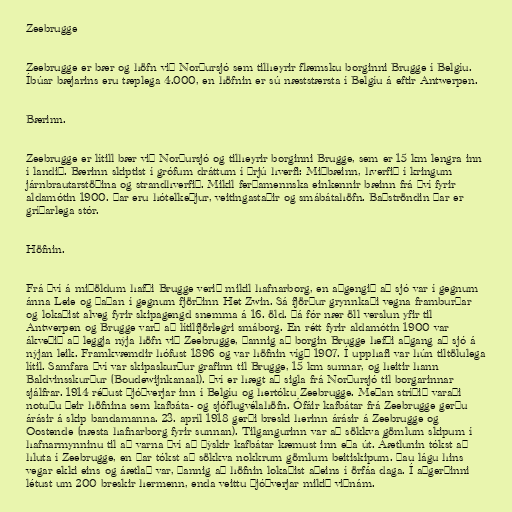
Zeebrugge

Zeebrugge er bær og höfn við Norðursjó sem tilheyrir flæmsku borginni Brugge í Belgíu.
Íbúar bæjarins eru tæplega 4.000, en höfnin er sú næststærsta í Belgíu á eftir Antwerpen.

Bærinn.

Zeebrugge er lítill bær við Norðursjó og tilheyrir borginni Brugge, sem er 15 km lengra inn
í landið. Bærinn skiptist í grófum dráttum í þrjú hverfi: Miðbæinn, hverfið í kringum
járnbrautarstöðina og strandhverfið. Mikil ferðamennska einkennir bæinn frá því fyrir
aldamótin 1900. Þar eru hótelkeðjur, veitingastaðir og smábátahöfn. Baðströndin þar er
gríðarlega stór.

Höfnin.

Frá því á miðöldum hafði Brugge verið mikil hafnarborg, en aðgengið að sjó var í gegnum
ánna Leie og þaðan í gegnum fjörðinn Het Zwin. Sá fjörður grynnkaði vegna framburðar
og lokaðist alveg fyrir skipagengd snemma á 16. öld. Þá fór nær öll verslun yfir til
Antwerpen og Brugge varð að lítilfjörlegri smáborg. En rétt fyrir aldamótin 1900 var
ákveðið að leggja nýja höfn við Zeebrugge, þannig að borgin Brugge hefði aðgang að sjó á
nýjan leik. Framkvæmdir hófust 1896 og var höfnin vígð 1907. Í upphafi var hún tiltölulega
lítil. Samfara því var skipaskurður grafinn til Brugge, 15 km sunnar, og heitir hann
Baldvinsskurður (Boudewijnkanaal). Því er hægt að sigla frá Norðursjó til borgarinnar
sjálfrar. 1914 réðust Þjóðverjar inn í Belgíu og hertóku Zeebrugge. Meðan stríðið varaði
notuðu þeir höfnina sem kafbáta- og sjóflugvélahöfn. Ófáir kafbátar frá Zeebrugge gerðu
árásir á skip bandamanna. 23. apríl 1918 gerði breski herinn árásir á Zeebrugge og
Oostende (næsta hafnarborg fyrir sunnan). Tilgangurinn var að sökkva gömlum skipum í
hafnarmynninu til að varna því að þýskir kafbátar kæmust inn eða út. Áætlunin tókst að
hluta í Zeebrugge, en þar tókst að sökkva nokkrum gömlum beitiskipum. Þau lágu hins
vegar ekki eins og áætlað var, þannig að höfnin lokaðist aðeins í örfáa daga. Í aðgerðinni
létust um 200 breskir hermenn, enda veittu Þjóðverjar mikið viðnám.